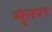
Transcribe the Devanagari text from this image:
सुतरा